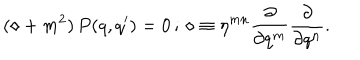
LaTeX: ( \diamond + m ^ { 2 } ) \, P ( q , q ^ { \prime } ) = 0 \, ; \, \diamond \equiv \eta ^ { m n } \frac { \partial } { \partial q ^ { m } } \frac { \partial } { \partial q ^ { n } } .